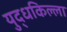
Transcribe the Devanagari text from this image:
युद्धकिल्ला